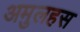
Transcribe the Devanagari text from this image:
अमुलहस